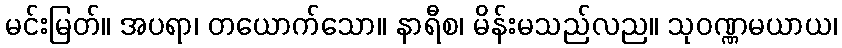
မင်းမြတ်။ အပရာ၊ တယောက်သော။ နာရီစ၊ မိန်းမသည်လည။ သုဝဏ္ဏမယာယ၊